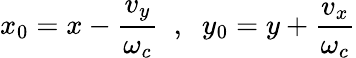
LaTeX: x_{0}=x-\frac{v_{y}}{\omega_{c}}\; \; ,\; \; y_{0}=y+\frac{v_{x}}{\omega_{c}}